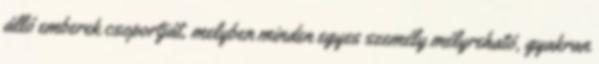
álló emberek csoportját, melyben minden egyes személy mélyreható, gyakran